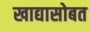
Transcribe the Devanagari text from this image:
खाद्यासोबत